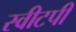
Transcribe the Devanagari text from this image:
स्वीटपी